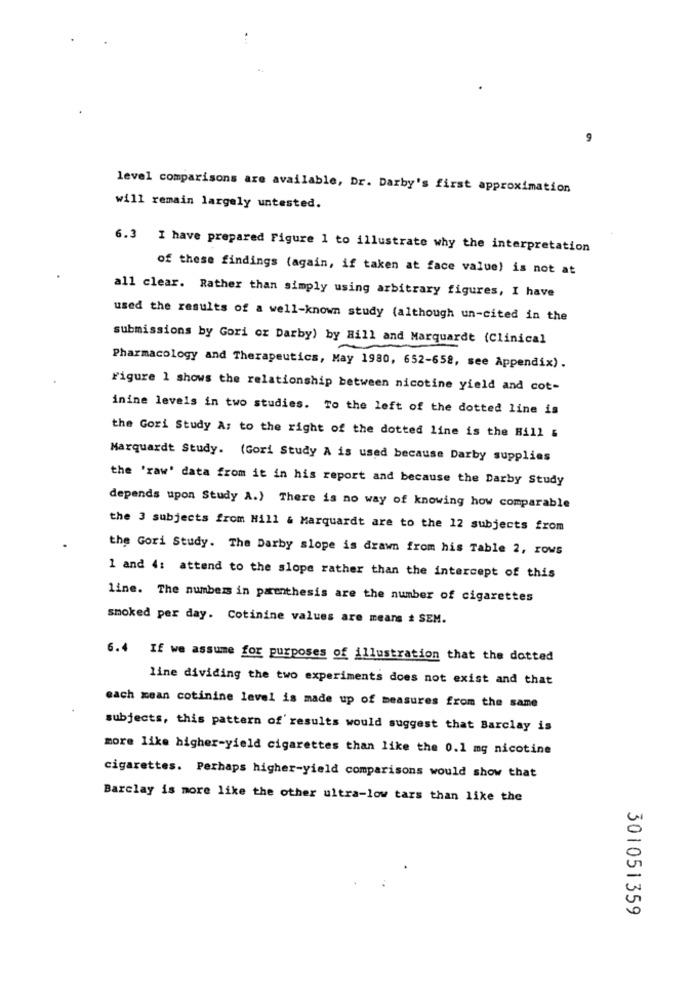
level comparisons are available, Dr. Darby's first approximation
will remain largely untested.
6.3 I have prepared Figure 1 to illustrate why the interpretation
of these findings (again, if taken at face value) is not at
all clear. Rather than simply using arbitrary figures, I have
used the results of a well-known study (although un-cited in the
submissions by Gori oz Darby) by Hill and Marquardt (Clinical
Pharmacology and Therapeutics, May 1980, 652-658, see Appendix).
Figure 1 shows the relationship between nicotine yield and cot-
inine levels in two studies. To the left of the dotted line is
the Gori Study A: to the right of the dotted line is the Hill &
Marquardt Study. (Gori Study A is used because Darby supplies
the 'raw' data from it in his report and because the Darby Study
depends upon Study A.) There is no way of knowing how comparable
the 3 subjects from Hill & Marquardt are to the 12 subjects from
the Gori Study. The Darby slope is drawn from his Table 2, rows
1 and 4: attend to the slope rather than the intercept of this
line. The numbers in parenthesis are the number of cigarettes
smoked per day. Cotinine values are means # SEM.
6.4 If we assume for purposes of illustration that the dotted
line dividing the two experiments does not exist and that
each xean cotinine level is made up of measures from the same
subjects, this pattern of' results would suggest that Barclay is
more like higher-yield cigarettes than like the 0.1 mg nicotine
cigarettes. Perhaps higher-yield comparisons would show that
Barclay is more like the other ultra-low tars than like the
301051359